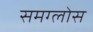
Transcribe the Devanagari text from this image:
समग्लोस